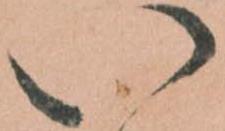
い